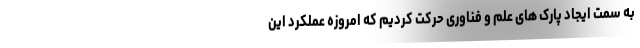
به سمت ایجاد پارک های علم و فناوری حرکت کردیم که امروزه عملکرد این